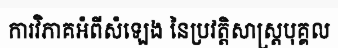
ការវិភាគអំពីសំឡេង នៃប្រវត្តិសាស្ត្របុគ្គល